Kominterni_Eesti_sektsioon_Moskvas, lk 39
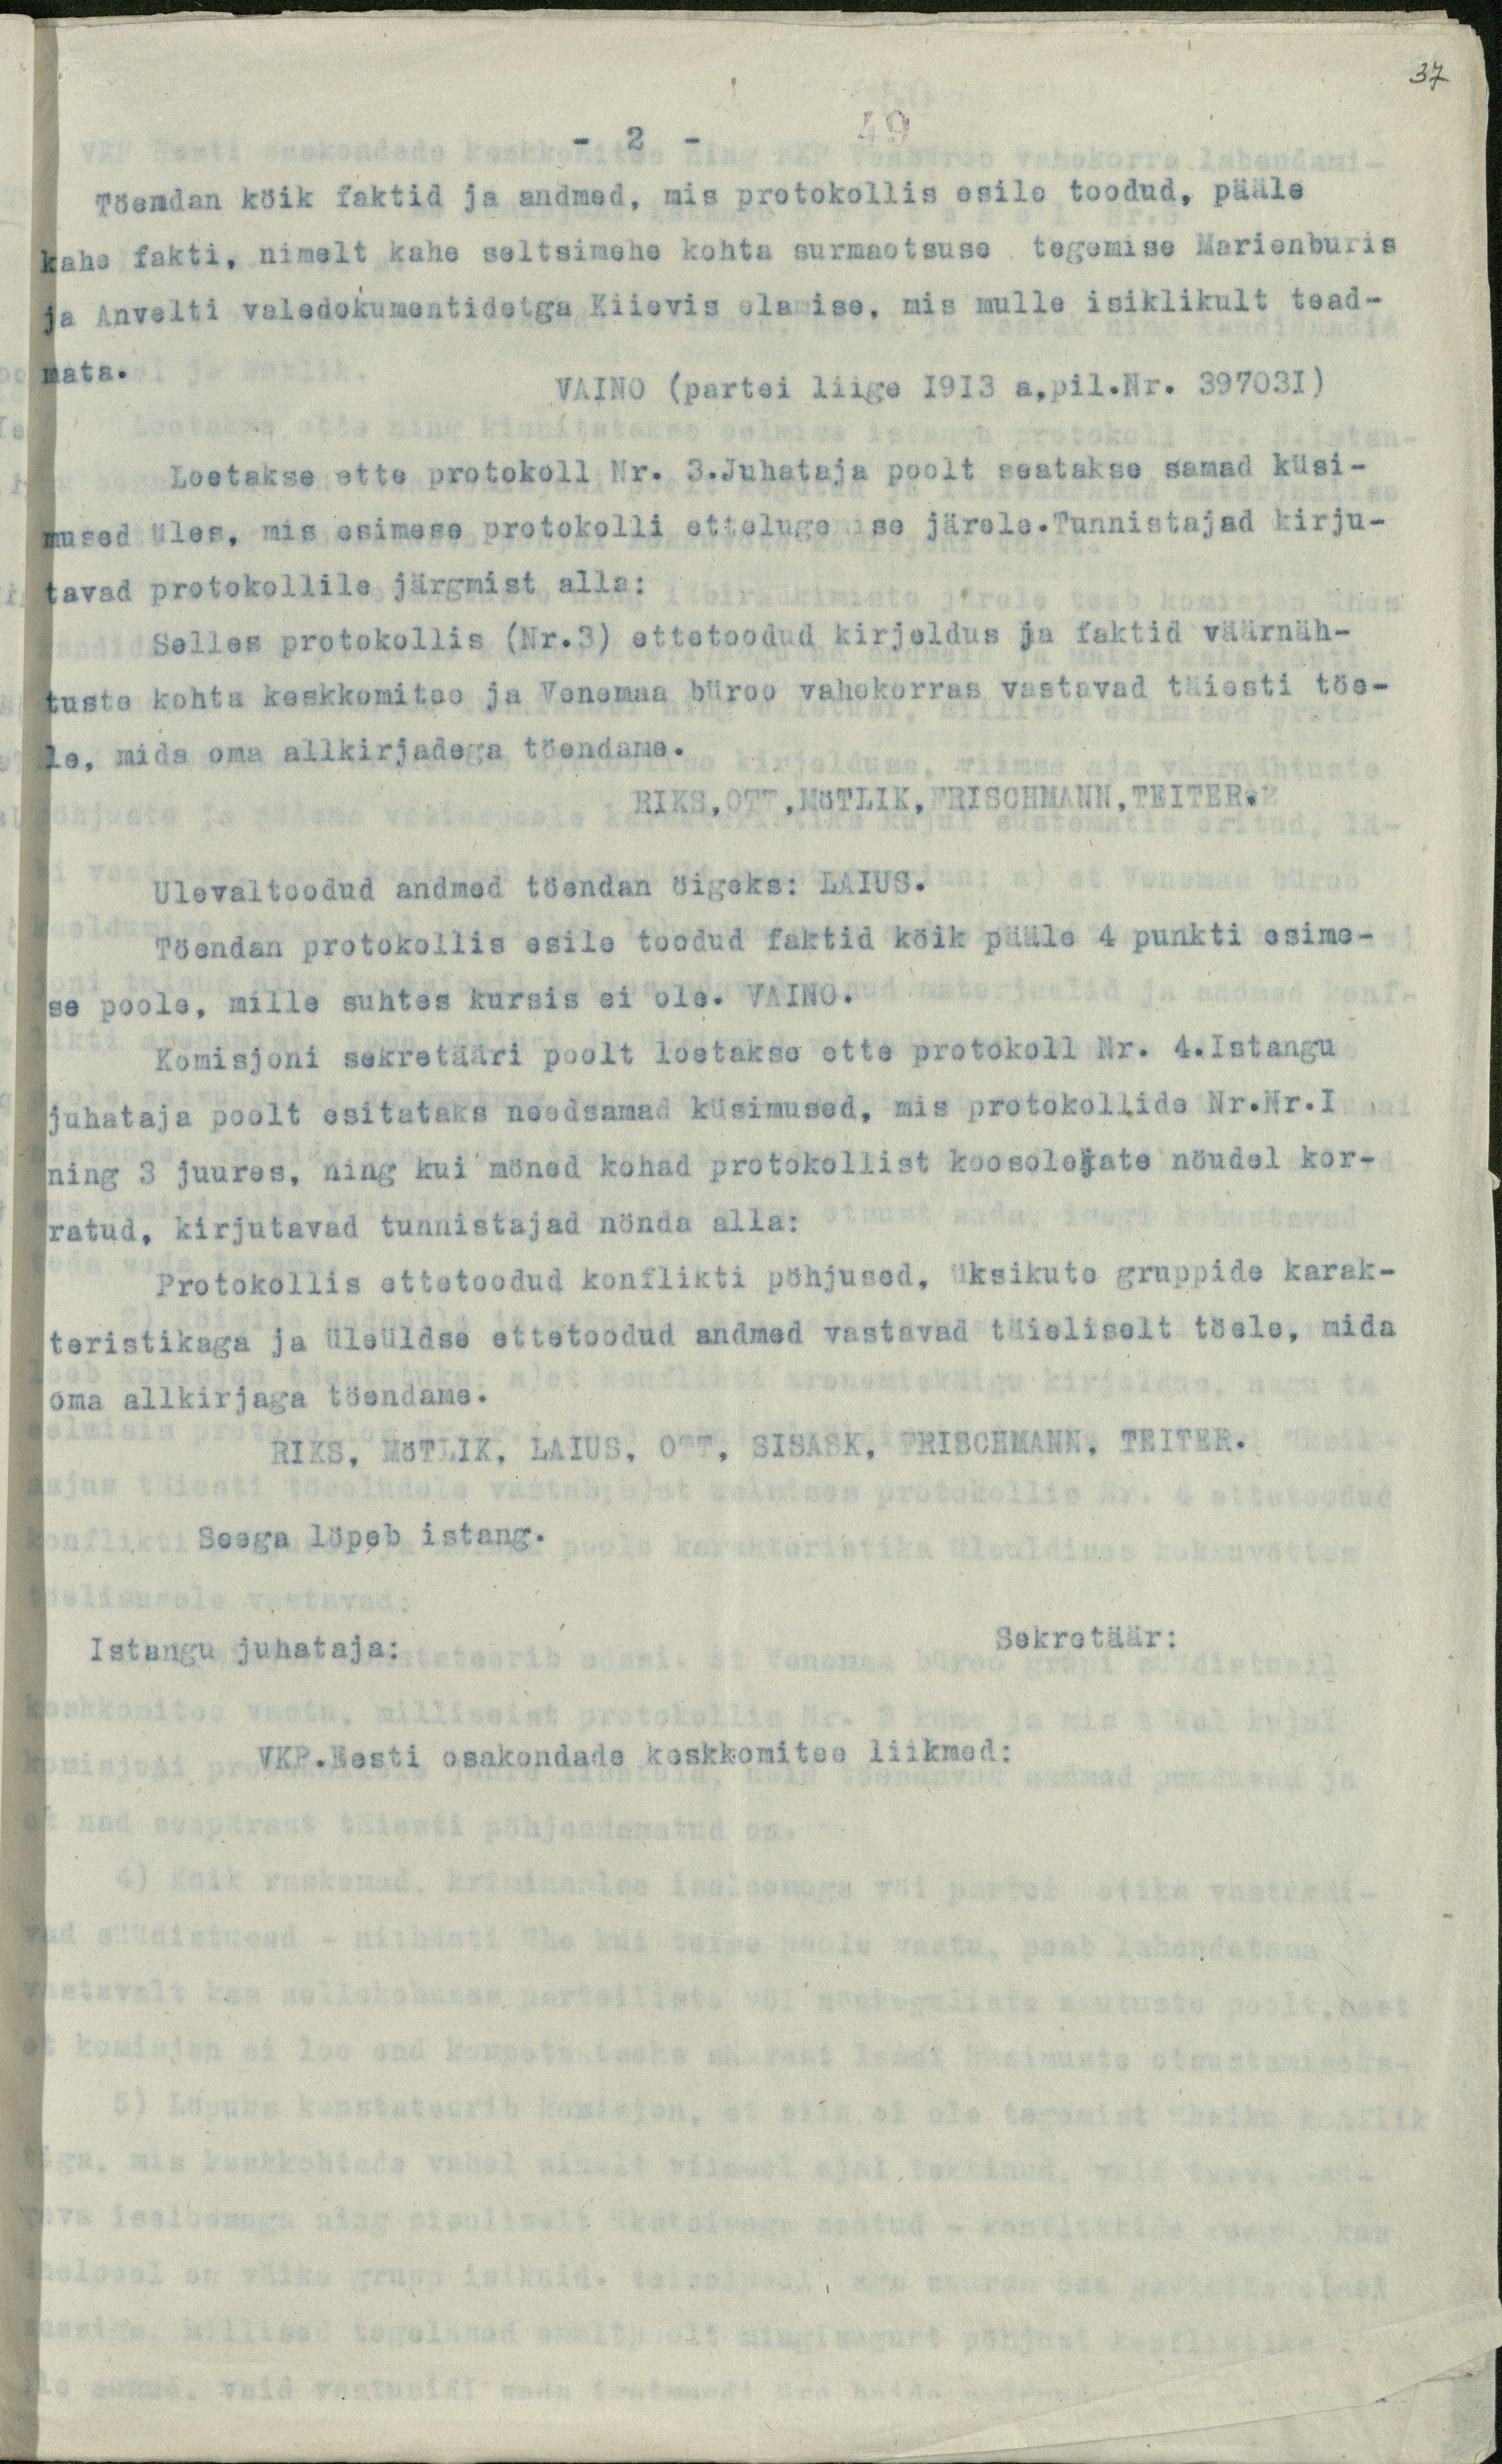
37

2
Töendan köik faktid ja andmed, mis protokollis esile toodud, pääle
kahe fakti, nimelt kahe seltsimehe kohta surmaotsuse tegemise Marienburis
ja Anvelti valedokumentidetga Kiievis elamise, mis mulle isiklikult tead-
mata.
VAINO (partei liige 1913 a,pil.Nr. 397031).
Loetakse ette protokoll Nr. 3.Juhataja poolt seatakse samad küsi-
mused üles, mis esimese protokolli ettelugemise järele. Tunnistajad kirju-
tavad protokollile järgmist alla:
Selles protokollis (Nr.3) ettetoodud kirjeldus ja faktid väärnäh-
tuste kohta keskkomitee ja Venemaa büroo vahekorras vastavad täiesti töe-
le, mida oma allkirjadega töendane.
RIKS, OTT, MöTLIK, FRISCHMANN, TEITER.
Ülevaltoodud andmed töendan öigeks: LAIUS.
Töendan protokollis esile toodud faktid köik pääle 4 punkti esime-
se poole, mille suhtes kursis ei ole. VAINO.
Komisjoni sekretääri poolt loetakse ette protokoll Nr. 4. Istangu
juhataja poolt esitataks needsamad küsimused, mis protokollide Nr.Nr.1
ning 3 juures, ning kui möned kohad protokollist koosolejate nöudel kor-
ratud, kirjutavad tunnistajad nönda alla:
Protokollis ettetoodud konflikti pöhjused, üksikute gruppide karak-
teristikaga ja üleüldse ettetoodud andmed vastavad täieliselt töele, mida
oma allkirjaga töendame.
RIKS, MöTLIK, LAIUS, OTT, SISASK, FRISCHMANN, TEITER.
Seega löpeb istang.
Istangu juhataja:
Sekretäär:
VKP.Eesti osakondade keskkomitee liikmed: